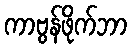
ကာဗွန်ဖိုက်ဘာ